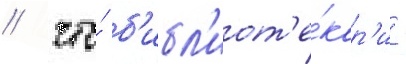
/ что́ б'ибл'иот'е́кар'и -